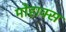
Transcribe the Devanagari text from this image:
मोहाक्स